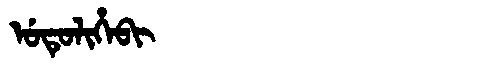
Manchu: ᡠᡨᡠᠯᡳᡥᡝᠪᡳ
Romanization: UTULIHEBI